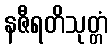
နဇီရတိသုတ္တံ